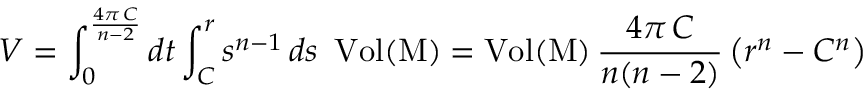
V = \int _ { 0 } ^ { \frac { 4 \pi \, C } { n - 2 } } d t \int _ { C } ^ { r } s ^ { n - 1 } \, d s \, \, \, \mathrm { V o l ( M ) } = \mathrm { V o l ( M ) } \, \frac { 4 \pi \, C } { n ( n - 2 ) } \left( r ^ { n } - C ^ { n } \right)